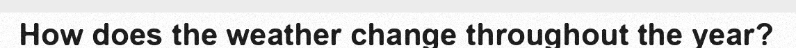
How does the weather change throughout the year?